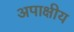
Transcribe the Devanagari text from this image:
अपाक्षीय